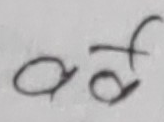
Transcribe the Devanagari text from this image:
अ फ